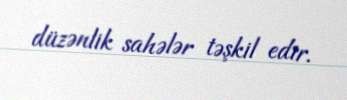
düzənlik sahələr təşkil edir.